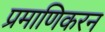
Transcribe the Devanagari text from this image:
प्रमाणिकरन